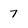
Character: 7